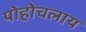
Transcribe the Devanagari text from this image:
पोहोचलाय